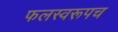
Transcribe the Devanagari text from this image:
फलस्वरूपच